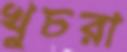
খুচরা